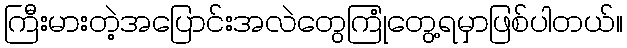
ကြီးမားတဲ့အပြောင်းအလဲတွေကြုံတွေ့ရမှာဖြစ်ပါတယ်။